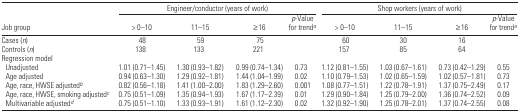
|  | <COLSPAN=4> Engineer/conductor (years of work) | <COLSPAN=4> Shop workers (years of work) |
 | Job group | > 0–10 | 11–15 | ≥ 16 | p-Value for trenda | > 0–10 | 11–15 | ≥ 16 | p-Value for trenda |
 | --- | --- | --- | --- | --- | --- | --- | --- | --- |
 | Cases (n) | 48 | 59 | 75 |  | 60 | 30 | 16 |  |
 | Controls (n) | 138 | 133 | 221 |  | 157 | 85 | 64 |  |
 | <COLSPAN=9> Regression model |
 | Unadjusted | 1.01 (0.71–1.45) | 1.30 (0.93–1.82) | 0.99 (0.74–1.34) | 0.73 | 1.12 (0.81–1.55) | 1.03 (0.67–1.61) | 0.73 (0.42–1.29) | 0.55 |
 | Age adjusted | 0.94 (0.63–1.30) | 1.29 (0.92–1.81) | 1.44 (1.04–1.99) | 0.02 | 1.10 (0.79–1.53) | 1.02 (0.65–1.59) | 1.02 (0.57–1.81) | 0.73 |
 | Age, race, HWSE adjustedb | 0.82 (0.56–1.18) | 1.41 (1.00–2.00) | 1.83 (1.29–2.60) | 0.001 | 1.08 (0.77–1.51) | 1.22 (0.78–1.91) | 1.37 (0.75–2.49) | 0.17 |
 | Age, race, HWSE, smoking adjustedc | 0.75 (0.51–1.09) | 1.35 (0.94–1.93) | 1.67 (1.17–2.39) | 0.01 | 1.29 (0.90–1.84) | 1.25 (0.79–2.00) | 1.36 (0.74–2.52) | 0.09 |
 | Multivariable adjustedd | 0.75 (0.51–1.10) | 1.33 (0.93–1.91) | 1.61 (1.12–2.30) | 0.02 | 1.32 (0.92–1.90) | 1.25 (0.78–2.01) | 1.37 (0.74–2.55) | 0.08 |